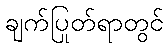
ချက်ပြုတ်ရာတွင်